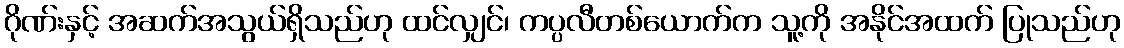
ဂိုဏ်းနှင့် အဆက်အသွယ်ရှိသည်ဟု ထင်လျှင်၊ ကပ္ပလီတစ်ယောက်က သူ့ကို အနိုင်အထက် ပြုသည်ဟု